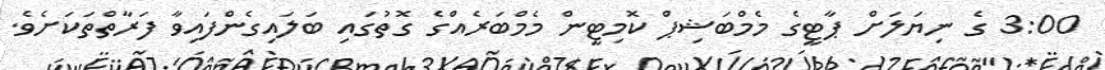
3:00 ގެ ނިޔަލަށް ޕާޓީގެ މެމްބަޝިޕް ކޮމިޓީން މެމްބަރެއްގެ ގޮތުގައި ބަލައިގެންފައިވާ ފަރާތްތަކަށެވެ.